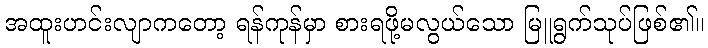
အထူးဟင်းလျာကတော့ ရန်ကုန်မှာ စားရဖို့မလွယ်သော မြူရွက်သုပ်ဖြစ်၏။